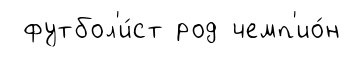
футбол'и́ст род чемп'ио́н